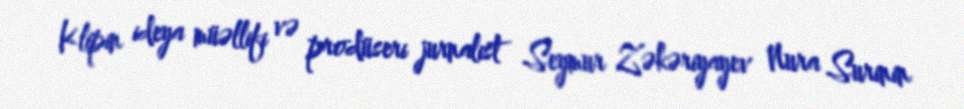
Klipin ideya müəllifi və prodüseri jurnalist Seymur Zəkəriyayev Nura Surinin